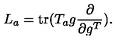
L _ { a } = \mathrm { t r } ( T _ { a } g \frac { \partial } { \partial g ^ { T } } ) .